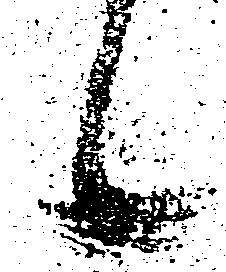
候